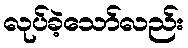
လုပ်ခဲ့သော်လည်း